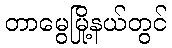
တာမွေမြို့နယ်တွင်